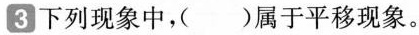
3 下列现象中，( )属于平移现象。